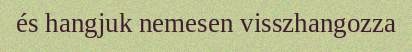
és hangjuk nemesen visszhangozza